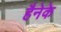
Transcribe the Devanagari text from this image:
हैनेके